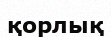
қорлық